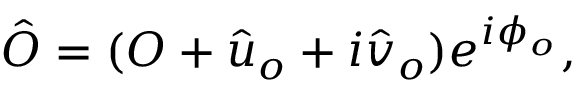
\begin{array} { r } { \hat { O } = ( O + \hat { u } _ { o } + i \hat { v } _ { o } ) e ^ { i \phi _ { o } } , } \end{array}